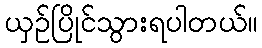
ယှဉ်ပြိုင်သွားရပါတယ်။